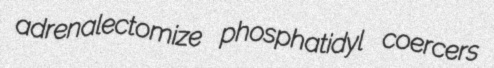
adrenalectomize phosphatidyl coercers